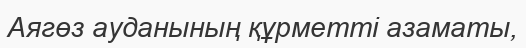
Аягөз ауданының құрметті азаматы,